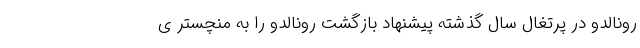
رونالدو در پرتغال سال گذشته پیشنهاد بازگشت رونالدو را به منچستر ی